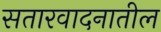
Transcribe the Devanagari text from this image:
सतारवादनातील